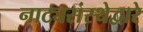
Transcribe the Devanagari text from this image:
नाट्यसंस्थेद्वारे